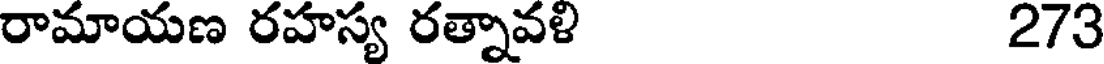
రామాయణ రహస్య రత్నావళి 273